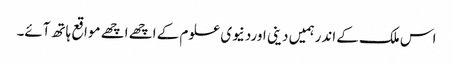
اس ملک کے اندرہمیں دینی اوردنیوی علوم کے اچھے اچھے مواقع ہاتھ آئے۔